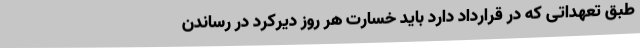
طبق تعهداتی که در قرارداد دارد باید خسارت هر روز دیرکرد در رساندن